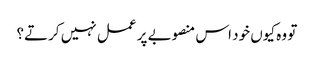
تو وہ کیوں خود اس منصوبے پر عمل نہیں کرتے؟